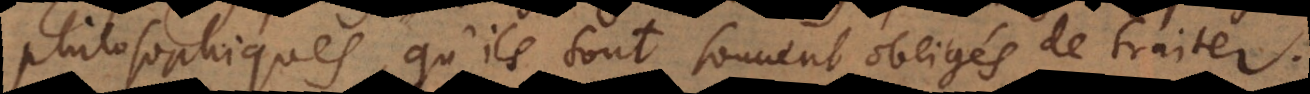
philosophiques, qu’ils sont souvent obligés de traiter.